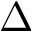
\Delta